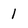
Character: 1